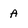
Character: A